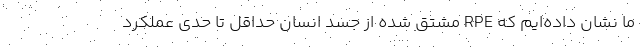
ما نشان داده‌ایم که RPE مشتق شده از جسد انسان حداقل تا حدی عملکرد